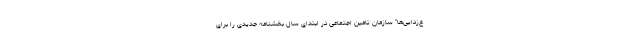
ع‌زدایی‌ها" سازمان تامین اجتماعی در ابتدای سال بخشنامه جدیدی را برای